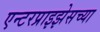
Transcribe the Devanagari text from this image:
एन्टरप्राइझेसच्या